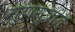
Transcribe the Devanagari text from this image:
गुणसूत्रात